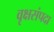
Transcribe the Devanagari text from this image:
वृक्षसंपदा